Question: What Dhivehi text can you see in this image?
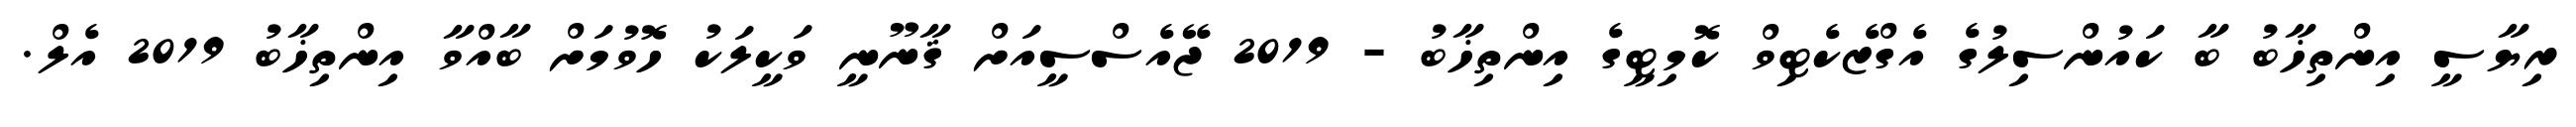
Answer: ރިޔާސީ އިންތިޚާބު ބާ ކައުންސިލުގެ އެގްޒެކެޓިވް ކޮމިޓީގެ އިންތިޚާބު - 2019 ޖޭއެސްސީއަށް ޤާނޫނީ ވަކީލަކު ހޮވުމަށް ބާއްވާ އިންތިޚާބު 2019 އެލް.